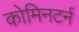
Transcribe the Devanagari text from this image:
कोमिनटर्न